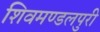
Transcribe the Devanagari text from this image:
शिवमण्डलपुरी